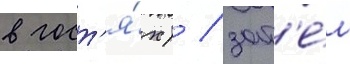
в гост'я́х) / зат'е́м